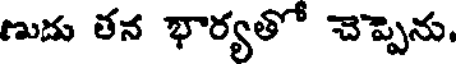
ణుదు తన భార్యతో చెప్పెను,